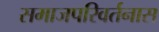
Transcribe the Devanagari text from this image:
समाजपरिवर्तनास